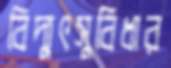
বিদ্যুৎসুবিধার